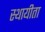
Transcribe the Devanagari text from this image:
स्थायीता